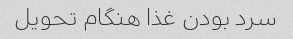
سرد بودن غذا هنگام تحویل